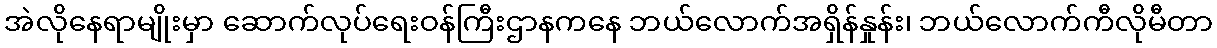
အဲလိုနေရာမျိုးမှာ ဆောက်လုပ်ရေးဝန်ကြီးဌာနကနေ ဘယ်လောက်အရှိန်နှုန်း၊ ဘယ်လောက်ကီလိုမီတာ